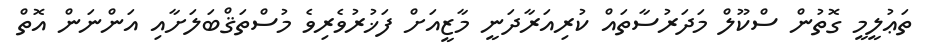
ތަޢުލީމީ ގޮތުން ސްކޫލް މަދަރުސާތައް ކުރިއަރާދަނީ މާޒީއަށް ފަޚުރުވެރިވެ މުސްތަޤްބަލަށާއި އަންނަން އޮތް